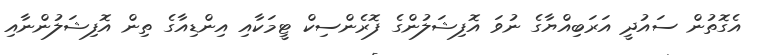
އެގޮތުން ސައުދީ އަރަބިއްޔާގެ ނުވަ އޮފިޝަލުންގެ ފޮރެންސިކް ޓީމަކާއި އިންޑިއާގެ ތިން އޮފިޝަލުންނާއި